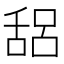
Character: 𰰁